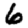
Digit: 6